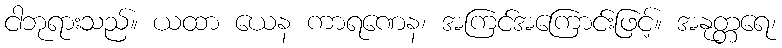
ငါဘုရားသည်။ ယထာ ယေန ကာရဏေန၊ အကြင်အကြောင်းဖြင့်။ အနုတ္တရေ၊